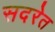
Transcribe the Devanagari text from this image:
सदरेत